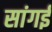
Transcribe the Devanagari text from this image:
सांगई